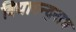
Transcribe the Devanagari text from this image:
विद्यानन्द्नाथ